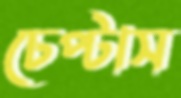
চেপ্‌টাস